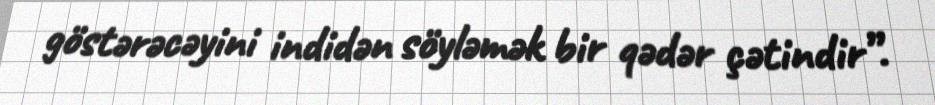
göstərəcəyini indidən söyləmək bir qədər çətindir”.